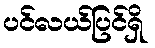
ပင်လယ်ပြင်ရှိ